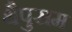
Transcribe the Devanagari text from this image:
थैपुसम